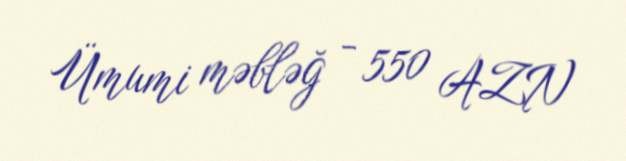
Ümumi məbləğ - 550 AZN